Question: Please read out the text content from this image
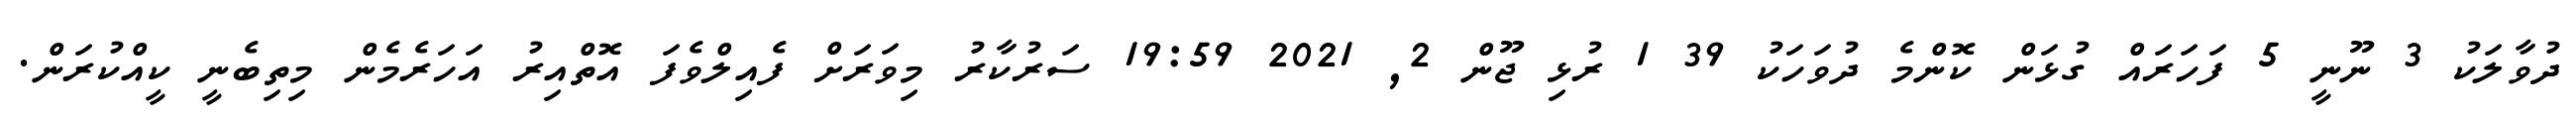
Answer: ދުވާލަކު 3 ނޫނީ 5 ފަހަރައް ގުޅަން ކޮންމެ ދުވަހަކު 39 1 ރުޅި ޖޫން 2, 2021 19:59 ސަރުކާރު މިވަރަށް ފެއިލްވެފަ އޮތްއިރު އަހަރެމެން މިތިބެނީ ކީއްކުރަން.